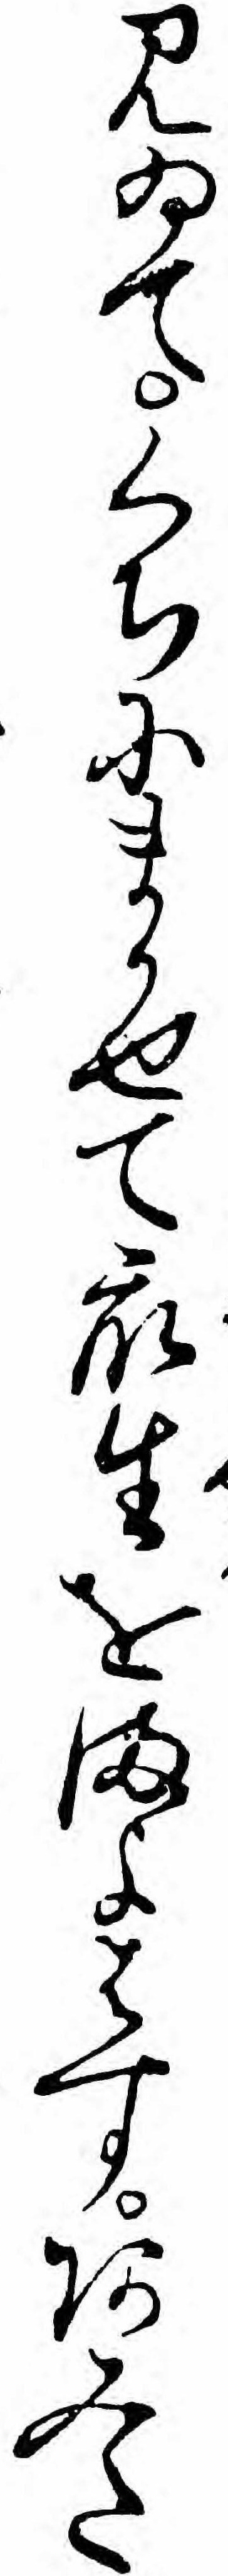
みゐてくちにまかせて衆生をまよはすあみた